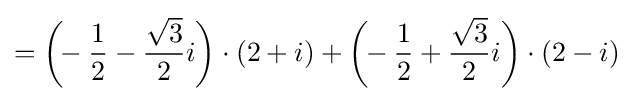
={\biggl (}\!\!-{\frac {1}{2}}-{\frac {\sqrt {3}}{2}}i{\biggr )}\cdot (2+i)+{\biggl (}\!\!-{\frac {1}{2}}+{\frac {\sqrt {3}}{2}}i{\biggr )}\cdot (2-i)